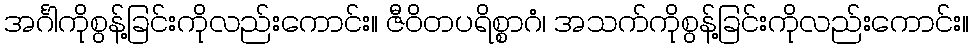
အင်္ဂါကိုစွန့်ခြင်းကိုလည်းကောင်း။ ဇီဝိတပရိစ္စာဂံ၊ အသက်ကိုစွန့်ခြင်းကိုလည်းကောင်း။